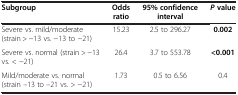
| Subgroup | Odds ratio | 95% confidence interval | P value |
 | --- | --- | --- | --- |
 | Severe vs. mild/moderate (strain > −13 vs. −13 to −21) | 15.23 | 2.5 to 296.27 | 0.002 |
 | Severe vs. normal (strain > −13 vs. < −21) | 26.4 | 3.7 to 553.78 | <0.001 |
 | Mild/moderate vs. normal (strain –13 to –21 vs. > −21) | 1.73 | 0.5 to 6.56 | 0.4 |